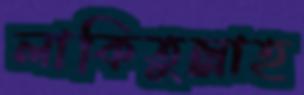
লাকিতুল্লাহ